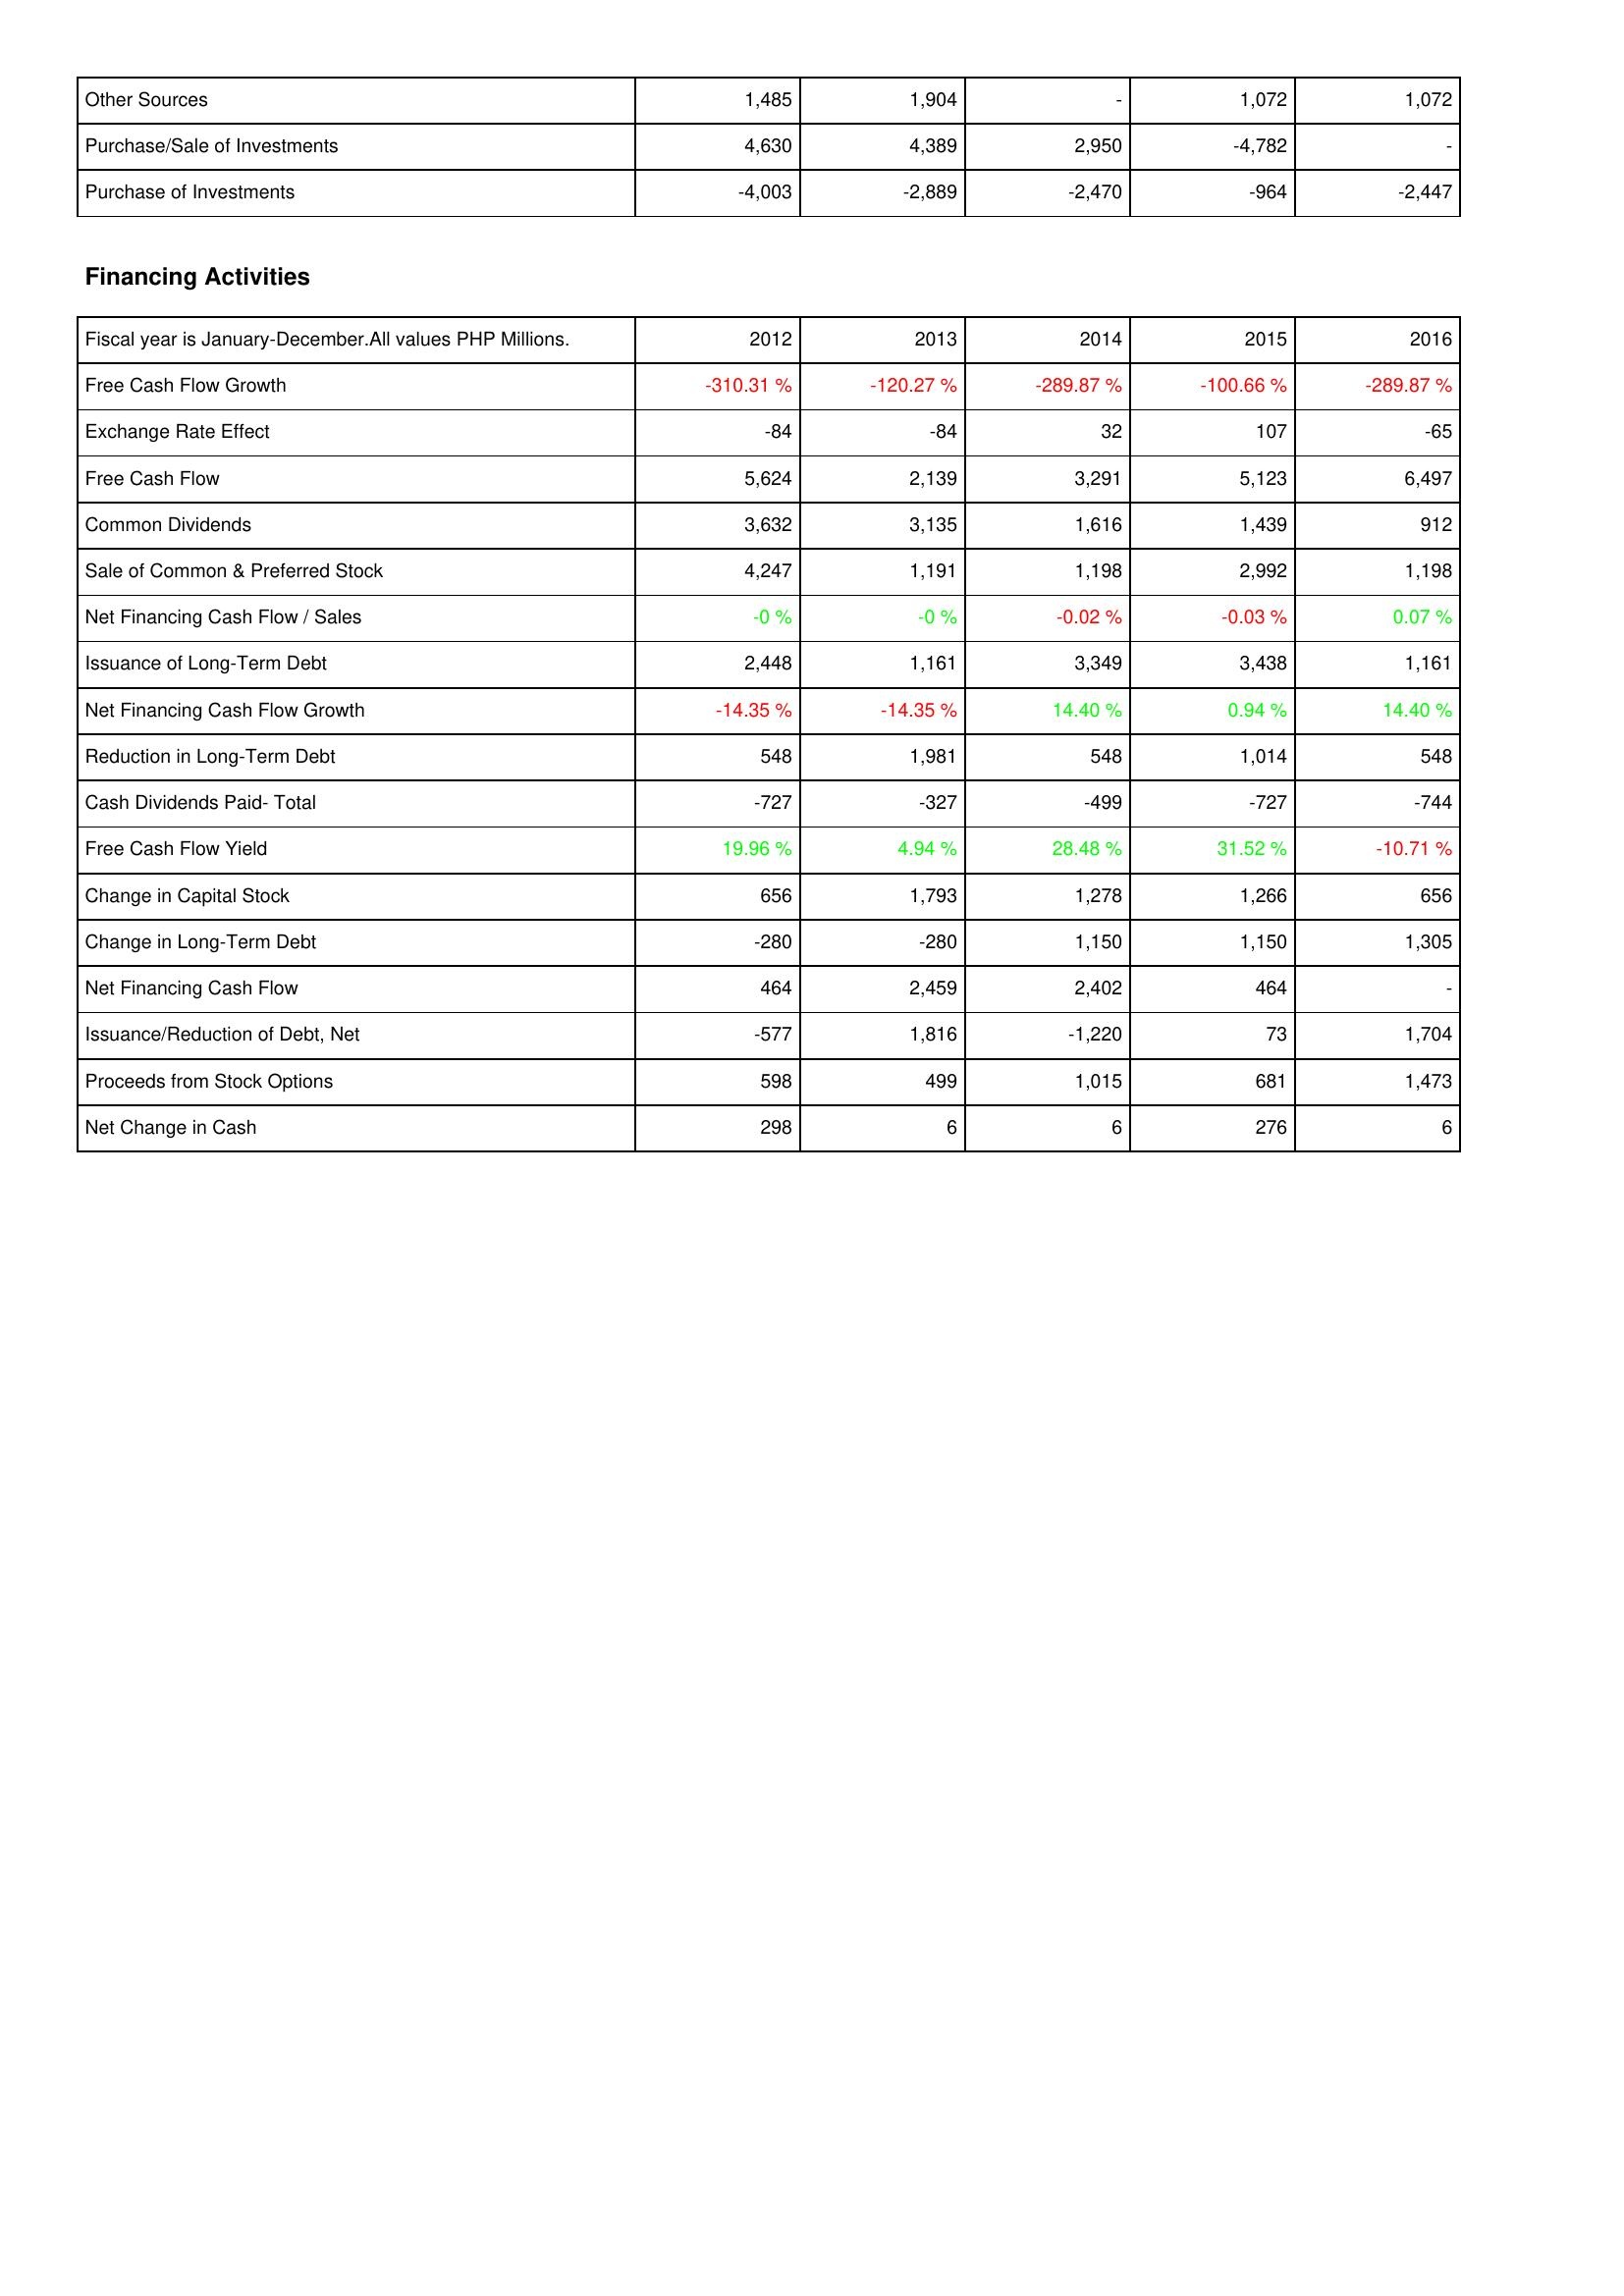
2012: Investing Activities: Other Sources: 1,485
Purchase/Sale of Investments: 4,630
Purchase of Investments: -4,003
Financing Activities: Free Cash Flow Growth: -310.31 %
Exchange Rate Effect: -84
Free Cash Flow: 5,624
Common Dividends: 3,632
Sale of Common & Preferred Stock: 4,247
Net Financing Cash Flow / Sales: -0 %
Issuance of Long-Term Debt: 2,448
Net Financing Cash Flow Growth: -14.35 %
Reduction in Long-Term Debt: 548
Cash Dividends Paid- Total: -727
Free Cash Flow Yield: 19.96 %
Change in Capital Stock: 656
Change in Long-Term Debt: -280
Net Financing Cash Flow: 464
Issuance/Reduction of Debt, Net: -577
Proceeds from Stock Options: 598
Net Change in Cash: 298
2013: Investing Activities: Other Sources: 1,904
Purchase/Sale of Investments: 4,389
Purchase of Investments: -2,889
Financing Activities: Free Cash Flow Growth: -120.27 %
Exchange Rate Effect: -84
Free Cash Flow: 2,139
Common Dividends: 3,135
Sale of Common & Preferred Stock: 1,191
Net Financing Cash Flow / Sales: -0 %
Issuance of Long-Term Debt: 1,161
Net Financing Cash Flow Growth: -14.35 %
Reduction in Long-Term Debt: 1,981
Cash Dividends Paid- Total: -327
Free Cash Flow Yield: 4.94 %
Change in Capital Stock: 1,793
Change in Long-Term Debt: -280
Net Financing Cash Flow: 2,459
Issuance/Reduction of Debt, Net: 1,816
Proceeds from Stock Options: 499
Net Change in Cash: 6
2014: Investing Activities: Other Sources: -
Purchase/Sale of Investments: 2,950
Purchase of Investments: -2,470
Financing Activities: Free Cash Flow Growth: -289.87 %
Exchange Rate Effect: 32
Free Cash Flow: 3,291
Common Dividends: 1,616
Sale of Common & Preferred Stock: 1,198
Net Financing Cash Flow / Sales: -0.02 %
Issuance of Long-Term Debt: 3,349
Net Financing Cash Flow Growth: 14.40 %
Reduction in Long-Term Debt: 548
Cash Dividends Paid- Total: -499
Free Cash Flow Yield: 28.48 %
Change in Capital Stock: 1,278
Change in Long-Term Debt: 1,150
Net Financing Cash Flow: 2,402
Issuance/Reduction of Debt, Net: -1,220
Proceeds from Stock Options: 1,015
Net Change in Cash: 6
2015: Investing Activities: Other Sources: 1,072
Purchase/Sale of Investments: -4,782
Purchase of Investments: -964
Financing Activities: Free Cash Flow Growth: -100.66 %
Exchange Rate Effect: 107
Free Cash Flow: 5,123
Common Dividends: 1,439
Sale of Common & Preferred Stock: 2,992
Net Financing Cash Flow / Sales: -0.03 %
Issuance of Long-Term Debt: 3,438
Net Financing Cash Flow Growth: 0.94 %
Reduction in Long-Term Debt: 1,014
Cash Dividends Paid- Total: -727
Free Cash Flow Yield: 31.52 %
Change in Capital Stock: 1,266
Change in Long-Term Debt: 1,150
Net Financing Cash Flow: 464
Issuance/Reduction of Debt, Net: 73
Proceeds from Stock Options: 681
Net Change in Cash: 276
2016: Investing Activities: Other Sources: 1,072
Purchase/Sale of Investments: -
Purchase of Investments: -2,447
Financing Activities: Free Cash Flow Growth: -289.87 %
Exchange Rate Effect: -65
Free Cash Flow: 6,497
Common Dividends: 912
Sale of Common & Preferred Stock: 1,198
Net Financing Cash Flow / Sales: 0.07 %
Issuance of Long-Term Debt: 1,161
Net Financing Cash Flow Growth: 14.40 %
Reduction in Long-Term Debt: 548
Cash Dividends Paid- Total: -744
Free Cash Flow Yield: -10.71 %
Change in Capital Stock: 656
Change in Long-Term Debt: 1,305
Net Financing Cash Flow: -
Issuance/Reduction of Debt, Net: 1,704
Proceeds from Stock Options: 1,473
Net Change in Cash: 6